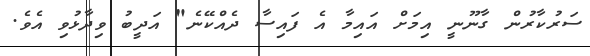
ސަރުކާރުން ގާނޫނީ އިމަށް އައިމާ އެ ފައިސާ ދެއްކޭނެ" އަދީބު ވިދާޅުވި އެވެ.